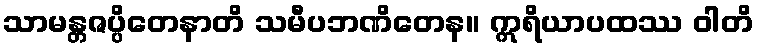
သာမန္တဇပ္ပိတေနာတိ သမီပဘဏိတေန။ ဣရိယာပထဿ ဝါတိ